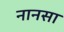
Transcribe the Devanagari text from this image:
नानसा